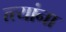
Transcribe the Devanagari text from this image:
त्त्यांना